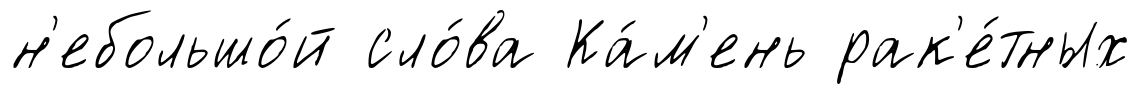
н'ебольшо́й сло́ва Ка́м'ень рак'е́тных